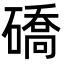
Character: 礄